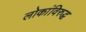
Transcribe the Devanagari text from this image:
लोकांविरुद्ध